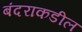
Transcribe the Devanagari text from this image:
बंदराकडील